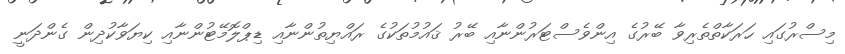
މިސްރުގައި ހަރަކާތްތެރިވާ ބޭރުގެ އިންވެސްޓަރުންނާއި ބޭރު ޤައުމުތަކުގެ ރައްޔިތުންނާއި ޑިޕްލޮމޭޓުންނާއި ކިޔަވާކުދިން ގެންދަނީ